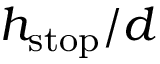
h _ { \mathrm { { s t o p } } } / d